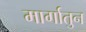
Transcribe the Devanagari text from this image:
मार्गातुन